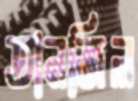
তানজিল